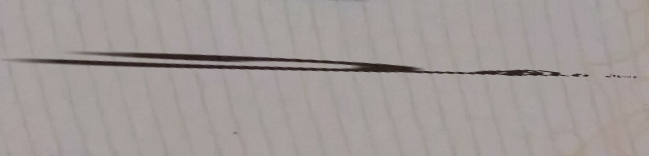
شارع الملك فهد